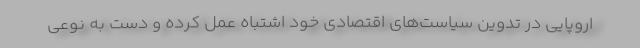
اروپایی در تدوین سیاست‌های اقتصادی خود اشتباه عمل کرده و دست به نوعی